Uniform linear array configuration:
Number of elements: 32
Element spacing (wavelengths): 0.5
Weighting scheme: binomial
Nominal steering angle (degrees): -30
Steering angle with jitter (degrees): -30.98
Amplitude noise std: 0.05
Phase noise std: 0.05

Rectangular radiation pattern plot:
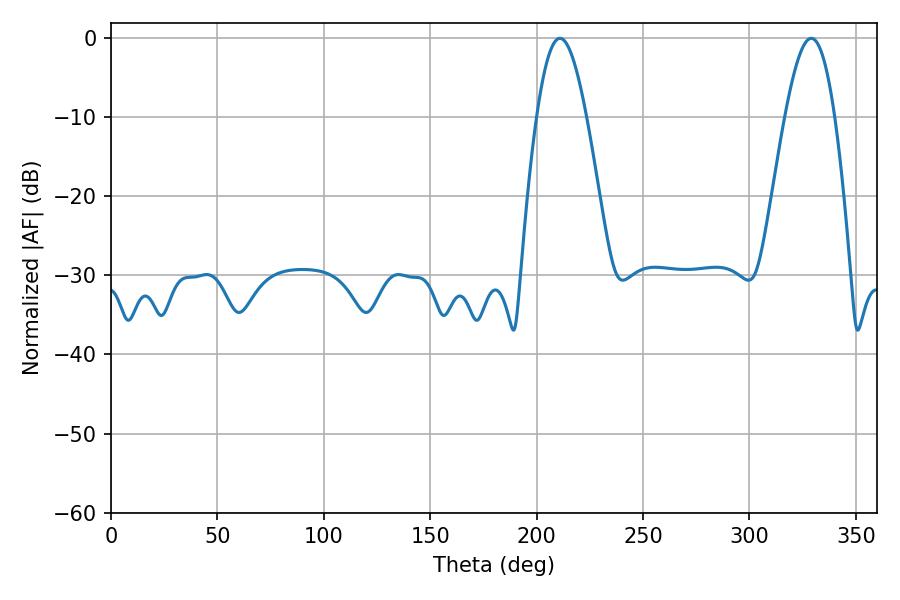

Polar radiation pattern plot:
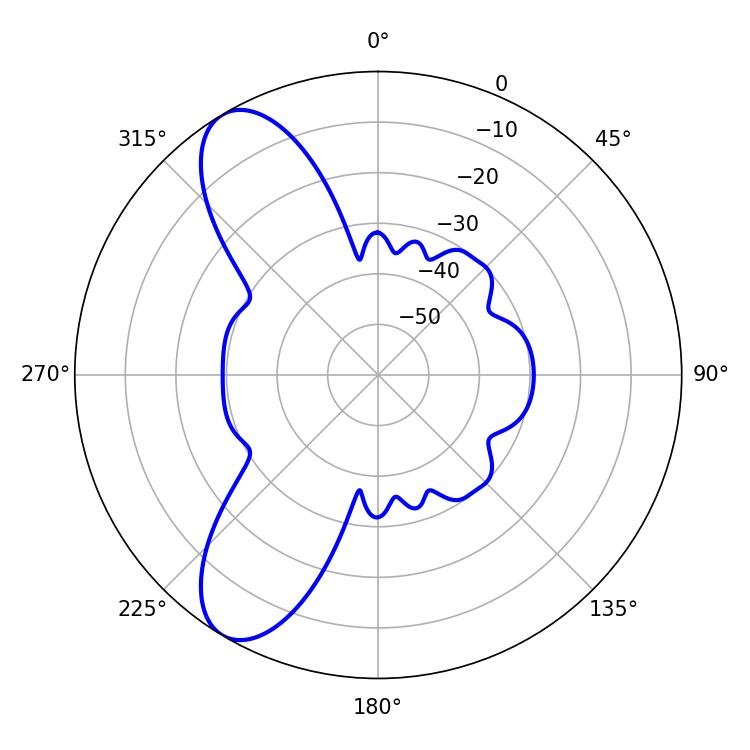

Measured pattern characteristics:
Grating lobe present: FALSE
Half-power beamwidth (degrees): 12.6
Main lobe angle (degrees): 210.96